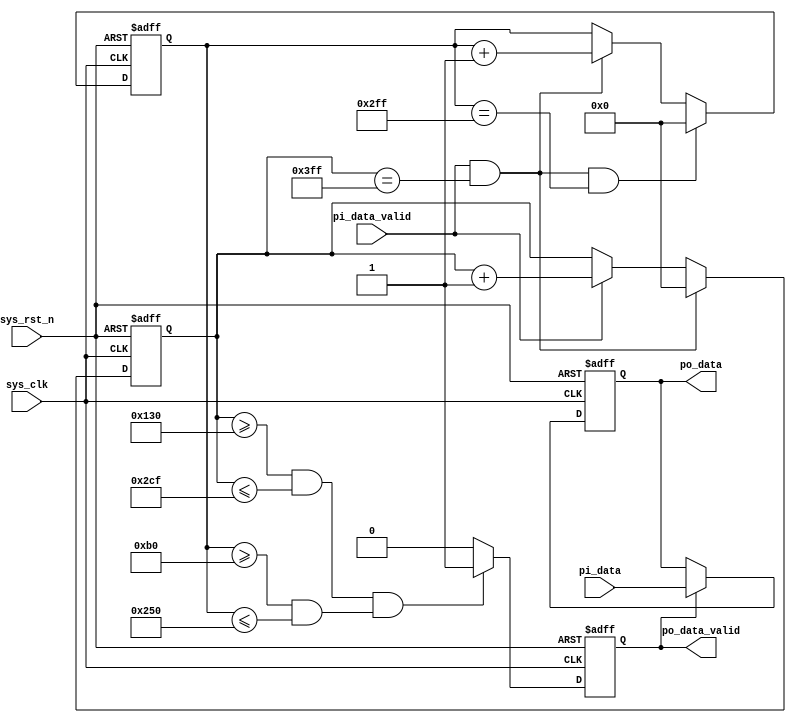
module  image_reshape
(
    input   wire                    sys_clk         ,
    input   wire                    sys_rst_n       ,
    input   wire                    pi_data_valid   ,
    input   wire    signed  [15:0]  pi_data         ,
    
    output  reg                     po_data_valid   ,
    output  reg     signed  [15:0]  po_data             
);

parameter   COL_MAX = 10'd1023;
parameter   ROW_MAX = 10'd767;

reg     [9:0]       cnt_col;
reg     [9:0]       cnt_row;

always@(posedge sys_clk or negedge sys_rst_n)
    if(sys_rst_n == 1'b0)
        cnt_col <= 10'd0;
    else    if(pi_data_valid == 1'b1 && cnt_col == COL_MAX)
        cnt_col <= 10'd0;
    else    if(pi_data_valid == 1'b1)
        cnt_col <= cnt_col + 1'b1;
    else
        cnt_col <= cnt_col;
        
always@(posedge sys_clk or negedge sys_rst_n)
    if(sys_rst_n == 1'b0)
        cnt_row <= 10'd0;
    else    if(pi_data_valid == 1'b1 && cnt_col == COL_MAX && cnt_row == ROW_MAX)
        cnt_row <= 10'd0;
    else    if(pi_data_valid == 1'b1 && cnt_col == COL_MAX)
        cnt_row <= cnt_row + 1'b1;
    else
        cnt_row <= cnt_row;
        
always@(posedge sys_clk or negedge sys_rst_n)
    if(sys_rst_n == 1'b0)
        po_data_valid <= 1'b0;
    else    if((cnt_col >= 10'd304 && cnt_col <= 10'd719) && (cnt_row >= 176 && cnt_row <= 10'd592))
        po_data_valid <= 1'b1;
    else
        po_data_valid <= 1'b0;
        
always@(posedge sys_clk or negedge sys_rst_n)
    if(sys_rst_n == 1'b0)
        po_data <= 16'd0;
    else    if(po_data_valid == 1'b1)
        po_data <= pi_data;
    else
        po_data <= po_data;

endmodule